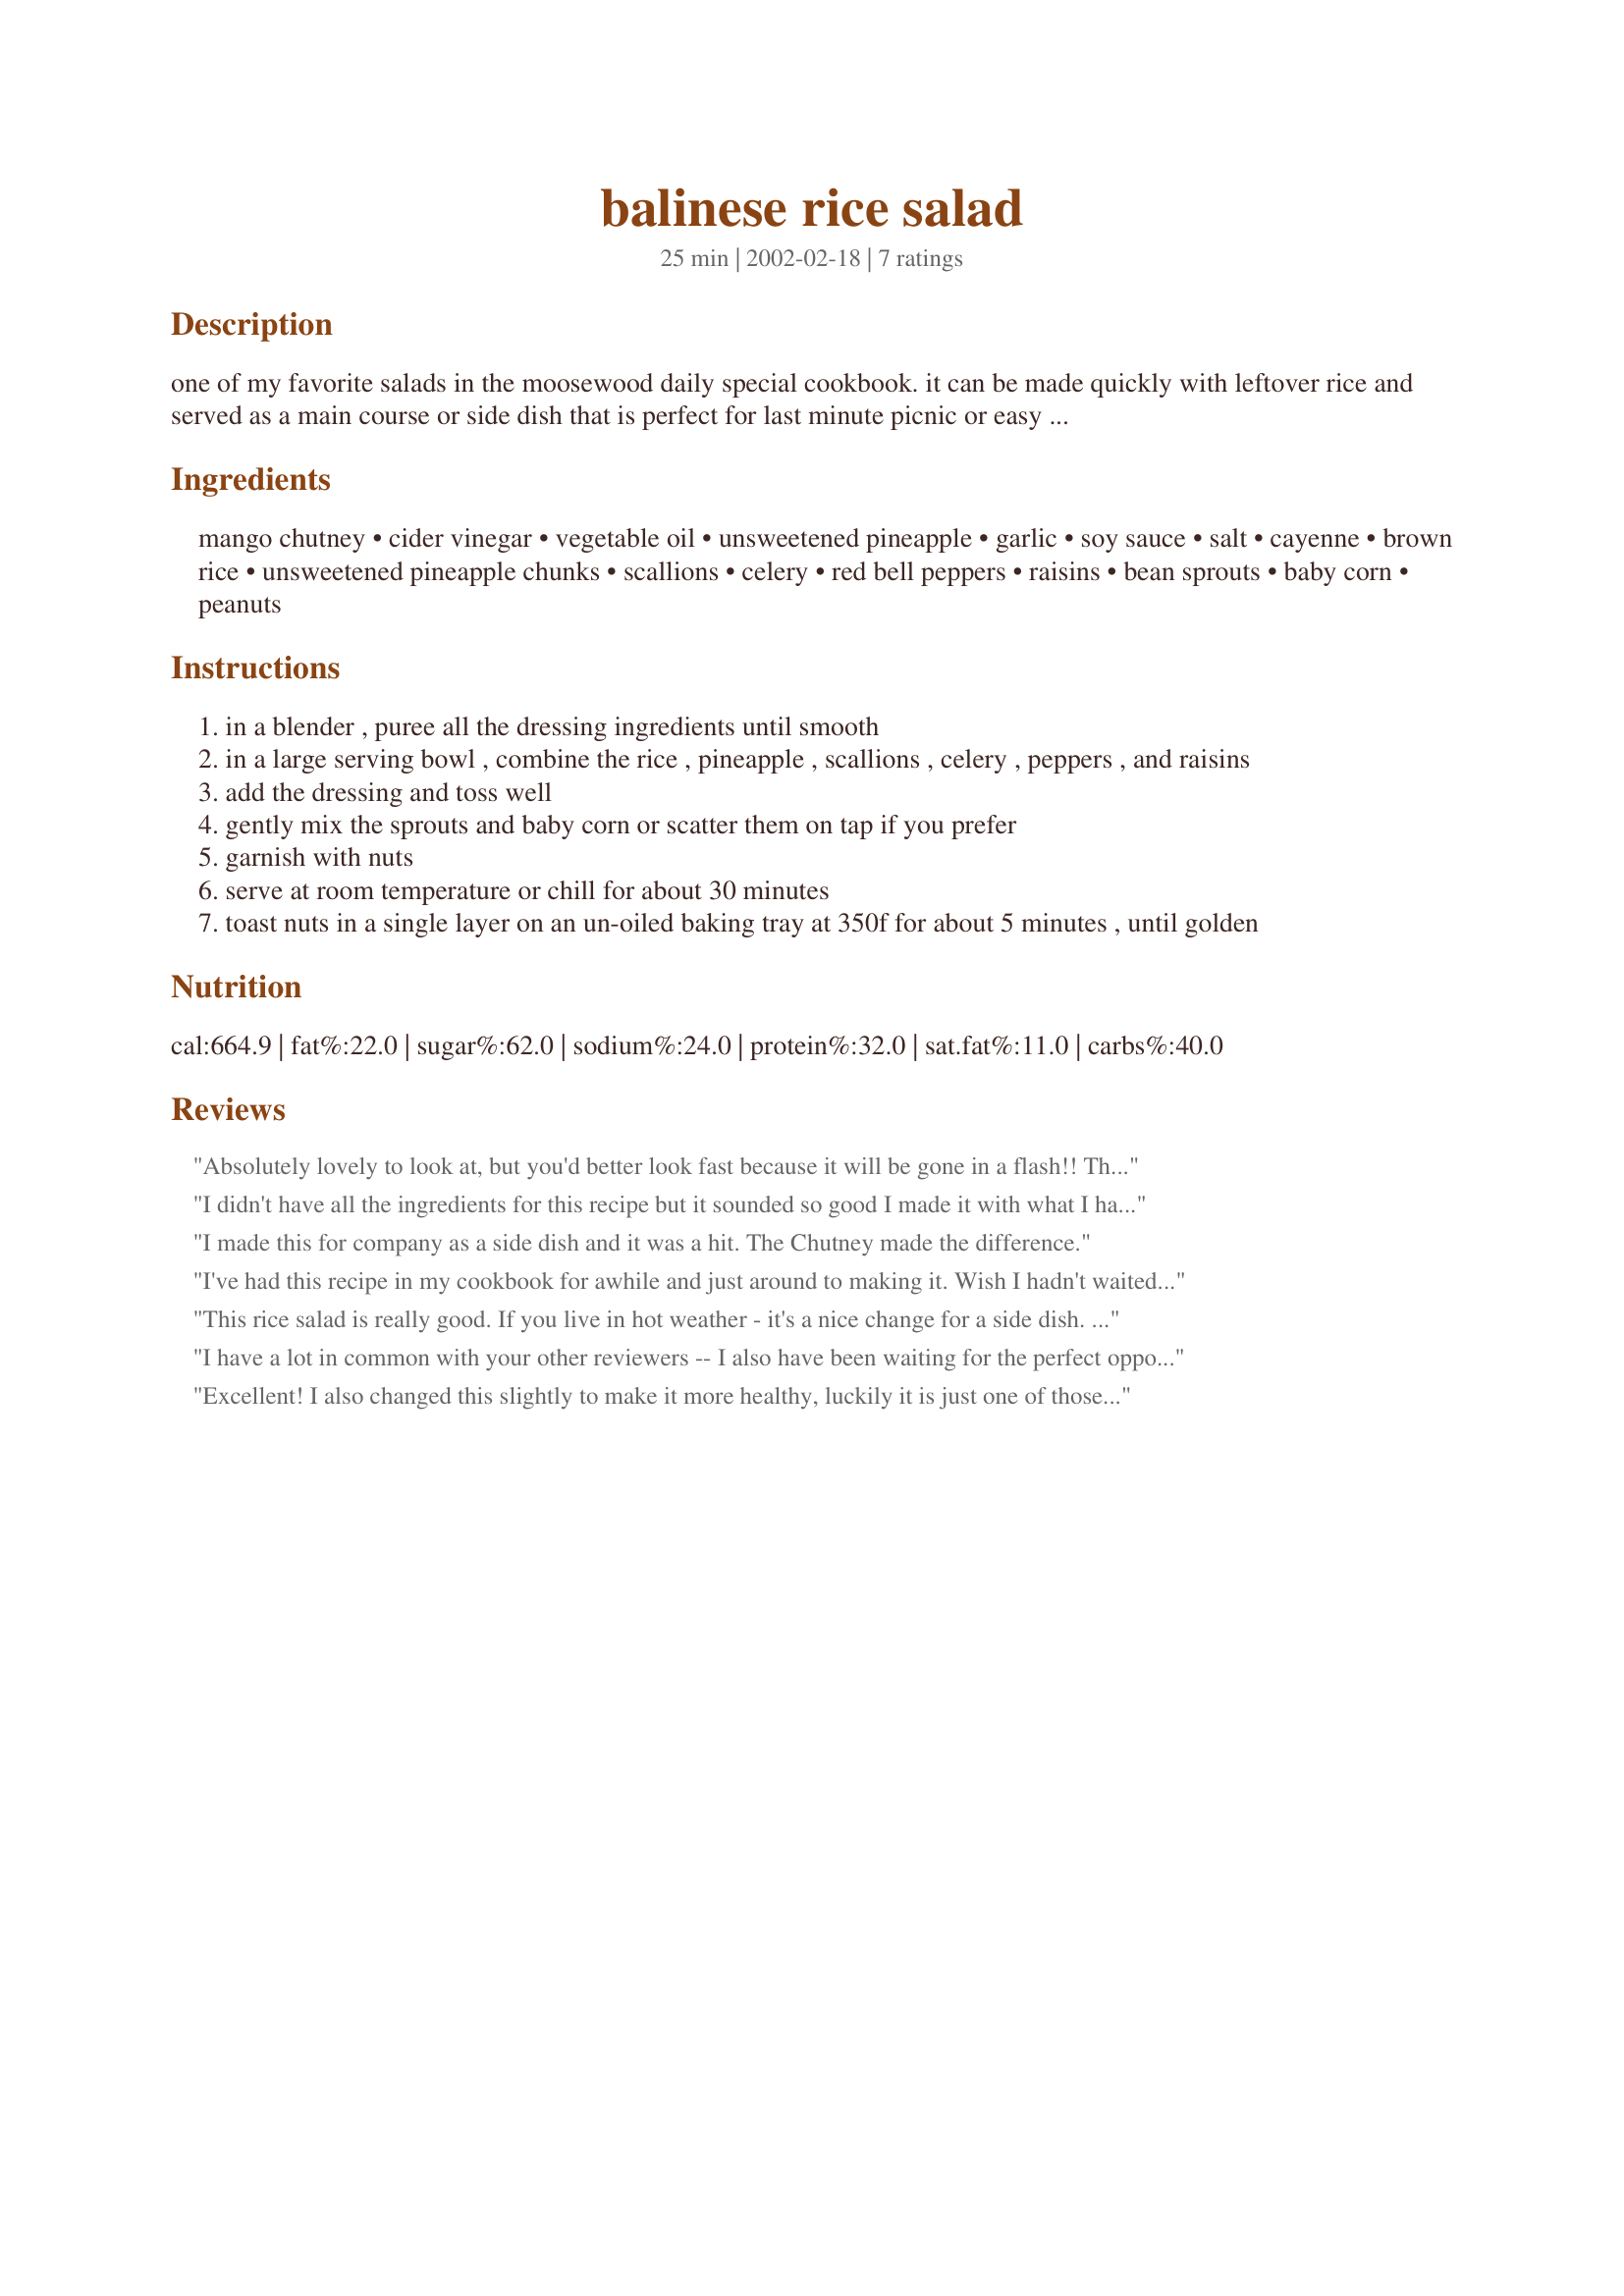
balinese rice salad
Preparation time: 25 minutes

one of my favorite salads in the moosewood daily special cookbook. it can be made quickly with leftover rice and served as a main course or side dish that is perfect for last minute picnic or easy summer supper.

Ingredients:
mango chutney, cider vinegar, vegetable oil, unsweetened pineapple, garlic, soy sauce, salt, cayenne, brown rice, unsweetened pineapple chunks, scallions, celery, red bell peppers, raisins, bean sprouts, baby corn, peanuts

Steps:
in a blender , puree all the dressing ingredients until smooth
in a large serving bowl , combine the rice , pineapple , scallions , celery , peppers , and raisins
add the dressing and toss well
gently mix the sprouts and baby corn or scatter them on tap if you prefer
garnish with nuts
serve at room temperature or chill for about 30 minutes
toast nuts in a single layer on an un-oiled baking tray at 350f for about 5 minutes , until golden

Reviews:
Absolutely lovely to look at, but you'd better look fast because it will be gone in a flash!! Thanks Tish!!
I didn't have all the ingredients for this recipe but it sounded so good I made it with what I had. I used Tomato Chutney instead of Mango. I didn't have bean sprouts or baby corn, so just left them out. It was a hit at the pot luck. I think it would be better with the mango chutney and will definitely make it again using mango.
I made this for company as a side dish and it was a hit. The Chutney made the difference.
I've had this recipe in my cookbook for awhile and just around to making it. Wish I hadn't waited! This is so wonderful - with summer coming up, this one will be a standard for us. Pair this with fish or chicken on the grill for a fabulous and different side dish. I made the rice the day before so it was really quick and easy to put this together at the last minute. At dressing is tart and super flavorful - the pinapple adds just the right sweet taste and the nuts and celery give it a perfect crunch. I left out the sprouts and raisins - we don't like either of them. Really good!
This rice salad is really good. If you live in hot weather - it's a nice change for a side dish. I did not use the bean sprouts and next time I will not use the mini corns, they did not come out that good.
I have a lot in common with your other reviewers -- I also have been waiting for the perfect opportunity to make this awesome dish, and chose a potluck as well! I left out the mini corns and put peanuts in a small bowl on the side so they wouldn't get soggy and also in case of allergies. This really made a lot so it was perfect for the gathering. It is absolutely beautiful and was loved by everyone, vegetarian or not! Thanks!
Excellent! I also changed this slightly to make it more healthy, luckily it is just one of those dishes that you can get away with changing! I didn't add the salt or the oil and used light soya sauce. I used frozen rice as I always have left over rice in my freezer. Orange juice instead of pineapple juice, corn kernels instead of baby corn and almonds instead of peanuts. Also as I didn't have a tin of pineapple I used dried pineapple. Wow what a delishous, healthy, colourful rice salad! I served with my Orange Teriyaki Fish for a very tasty, healthy meal. Thanks for sharing.
